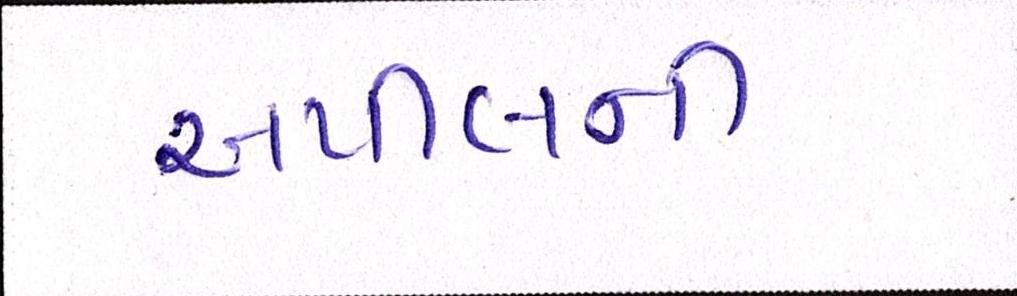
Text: અપીલની